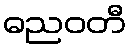
ဓညဝတီ